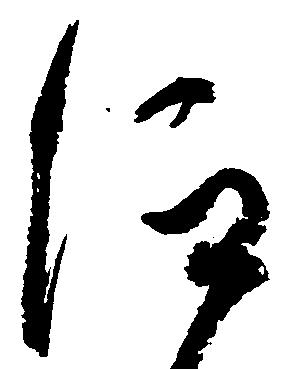
仰